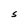
Character: S